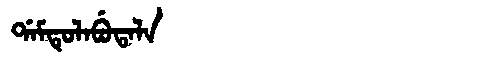
Manchu: ᡩᠠᠮᡨᡠᠯᠠᠪᡠᡨᠠᠯᠠ
Romanization: DAMTULABUTALA